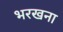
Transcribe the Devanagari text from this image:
भरखना